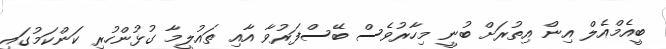
ބީއެމްއެލް އިން އިތުރަށް ބުނީ މިހާރުވެސް ބޭސްފަރުވާ އާއި ތައުލީމާ ގުޅުންހުރި ކަންކަމުގައި